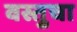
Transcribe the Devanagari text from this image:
वस्तुचा